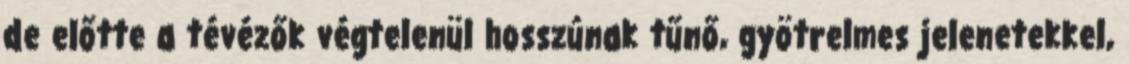
de előtte a tévézők végtelenül hosszúnak tűnő, gyötrelmes jelenetekkel,